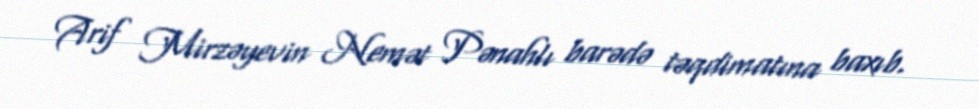
Arif Mirzəyevin Nemət Pənahlı barədə təqdimatına baxıb.